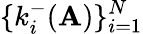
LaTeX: \{ k_{i}^{-}(\mathbf{A})\} _{i=1}^{N}